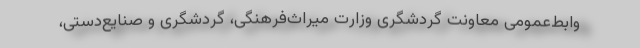
وابط‌عمومی معاونت گردشگری وزارت میراث‌فرهنگی، گردشگری و صنایع‌دستی،